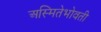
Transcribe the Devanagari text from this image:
अस्मितेभोवती